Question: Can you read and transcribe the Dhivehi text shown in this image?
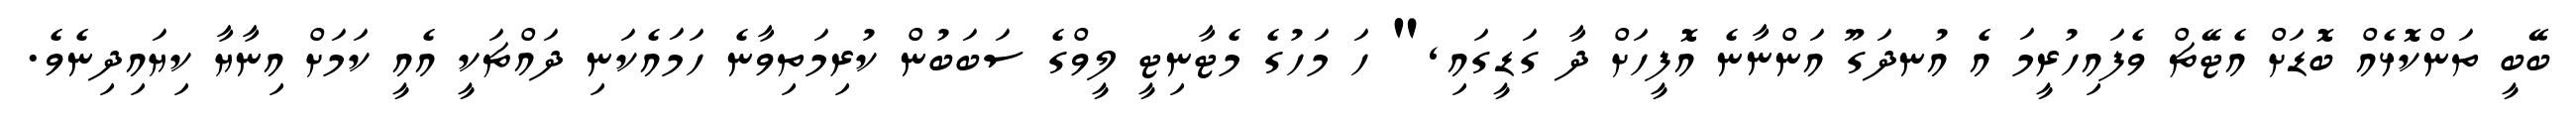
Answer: ބޭބީ ތަންކޮޅެއް ބޮޑަށް އެޓޭޗް ވެފައިހުރީމަ އެ އުނދަގޫ އަންނާނެ އޮފީހަށް ދާ ގަޑީގައި," ހަ މަހުގެ މެޓާނިޓީ ލީވްގެ ސަބަބުން ކުރިމަތިވާނެ ހަމައެކަނި ދައްޗަކީ އެއީ ކަމަށް އިނާޔާ ކިޔައިދިނެވެ.